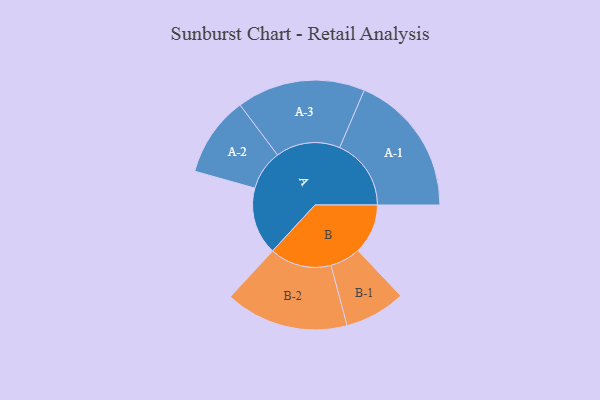
{"axis": {"x": "Segment", "y": "Value"}, "legend": ["", "A", "B"], "data": [{"x": "A", "y": 281, "type": ""}, {"x": "B", "y": 208, "type": ""}, {"x": "A-1", "y": 298, "type": "A"}, {"x": "A-2", "y": 167, "type": "A"}, {"x": "A-3", "y": 268, "type": "A"}, {"x": "B-1", "y": 127, "type": "B"}, {"x": "B-2", "y": 257, "type": "B"}]}